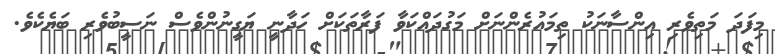
މިފަދަ މަތިވެރި އިންސާނަކު ތިމައުރެންނަށް މަގުދައްކަވާ ފަރާތަކަށް ހަދާނީ ޔަގީނުންވެސް ނަސީބުވެރި ބަޔެކެވެ.